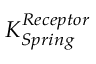
K _ { S p r i n g } ^ { R e c e p t o r }